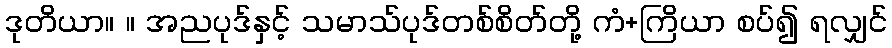
ဒုတိယာ။ ။ အညပုဒ်နှင့် သမာသ်ပုဒ်တစ်စိတ်တို့ ကံ+ကြိယာ စပ်၍ ရလျှင်